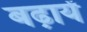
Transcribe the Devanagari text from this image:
बढ़ायें